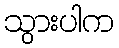
သွားပါက